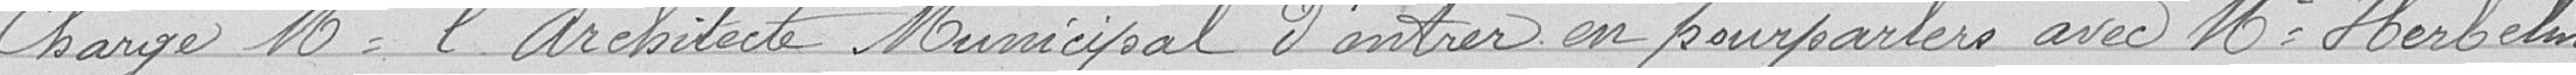
charge Monsieur l'Architecte Municipal d'entrer en pourparlers avec Monsieur Herbelin